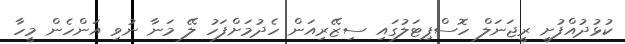
ކުޅުދުއްފުށީ ރީޖަނަލް ހޮސްޕިޓަލުގައި ސިޒޭރިއަން ހެދުމަށްފަހު ލޭ މަނާ ނުވި އަންހެން މީހާ